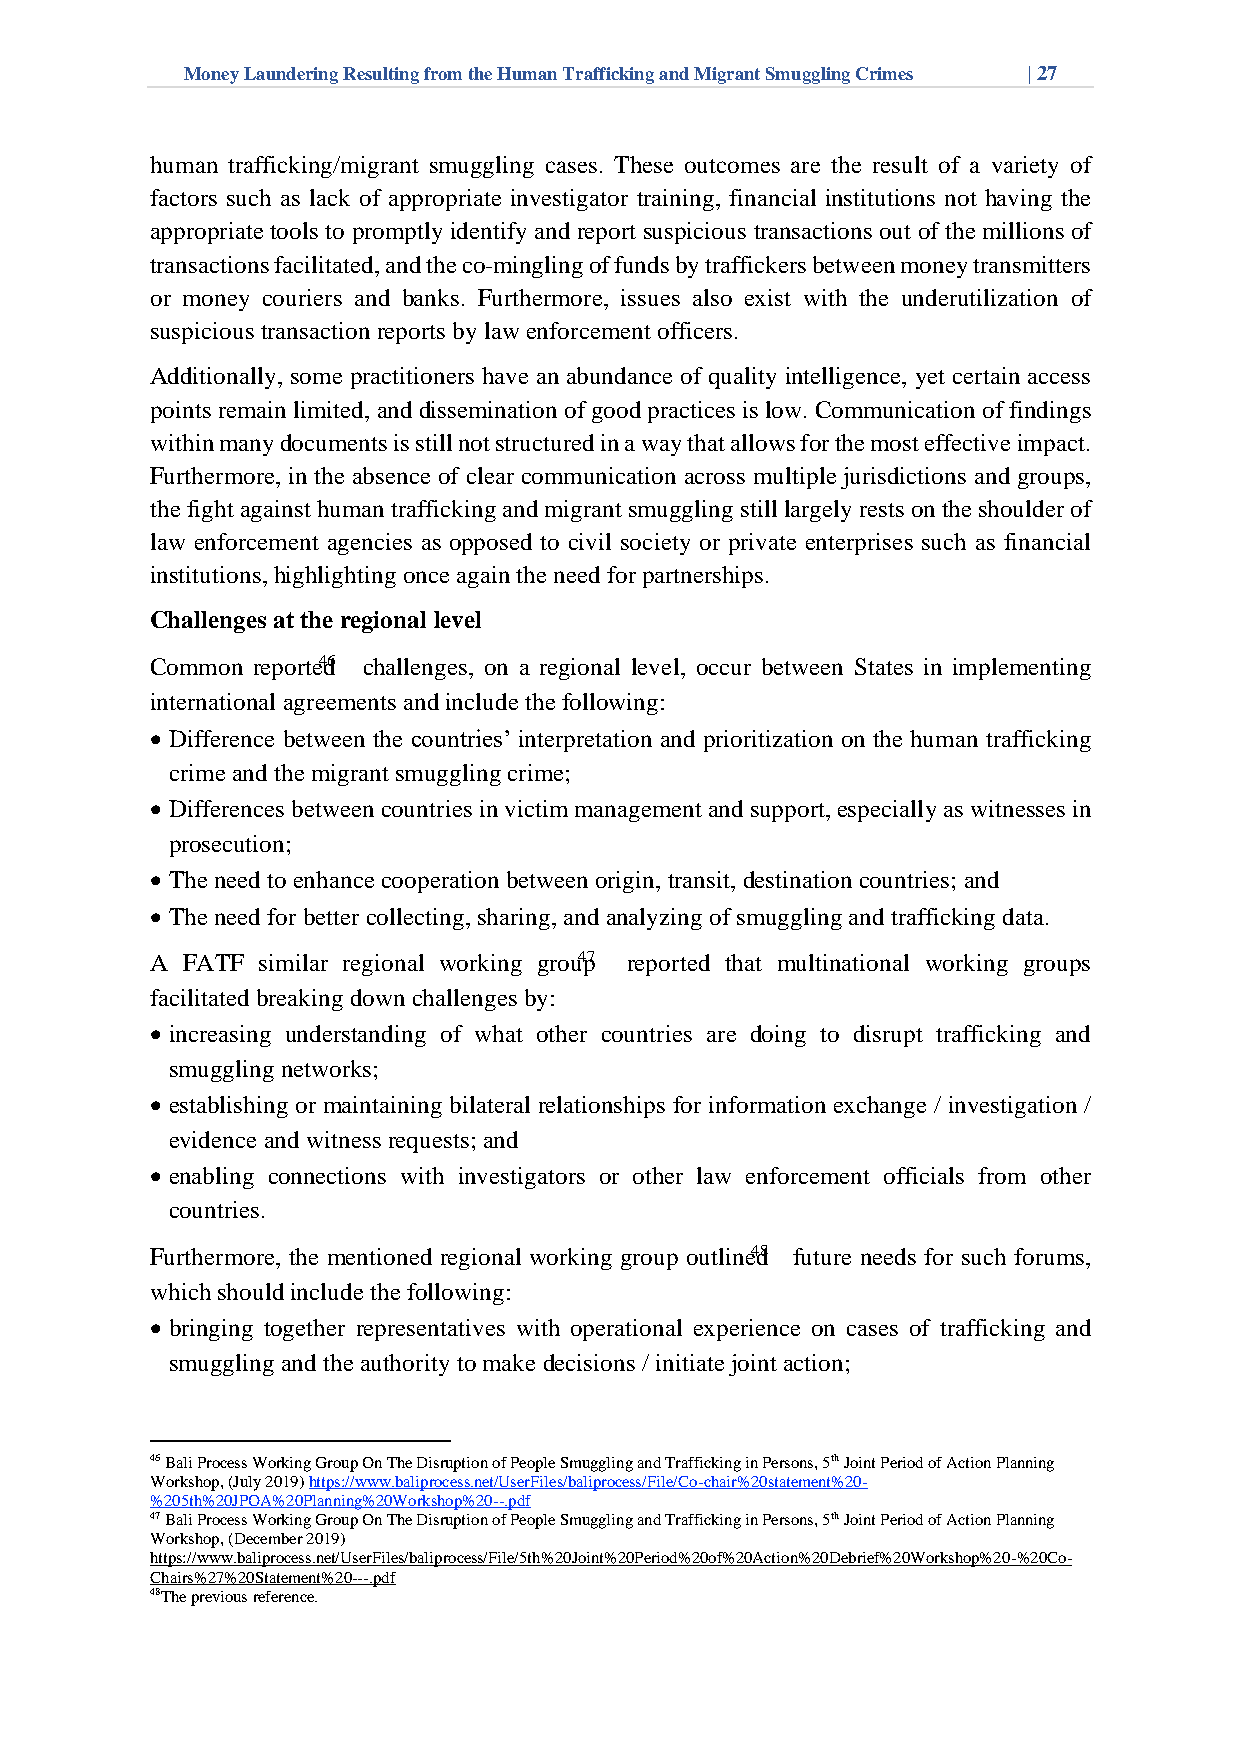
Money Laundering Resulting from the Human Trafficking and Migrant Smuggling Crimes | 27
 human trafficking/migrant smuggling cases. These outcomes are the result of a variety of
 factors such as lack of appropriate investigator training, financial institutions not having the
 appropriate tools to promptly identify and report suspicious transactions out of the millions of
 transactions facilitated, and the co-mingling of funds by traffickers between money transmitters
 or money couriers and banks. Furthermore, issues also exist with the underutilization of
 suspicious transaction reports by law enforcement officers.
 Additionally, some practitioners have an abundance of quality intelligence, yet certain access
 points remain limited, and dissemination of good practices is low. Communication of findings
 within many documents is still not structured in a way that allows for the most effective impact.
 Furthermore, in the absence of clear communication across multiple jurisdictions and groups,
 the fight against human trafficking and migrant smuggling still largely rests on the shoulder of
 law enforcement agencies as opposed to civil society or private enterprises such as financial
 institutions, highlighting once again the need for partnerships.
 Challenges at the regional level
 Common reporte4d6 challenges, on a regional level, occur between States in implementing
 international agreements and include the following:
 • Difference between the countries’ interpretation and prioritization on the human trafficking
 crime and the migrant smuggling crime;
 • Differences between countries in victim management and support, especially as witnesses in
 prosecution;
 • The need to enhance cooperation between origin, transit, destination countries; and
 • The need for better collecting, sharing, and analyzing of smuggling and trafficking data.
 A FATF similar regional working grou4p7 reported that multinational working groups
 facilitated breaking down challenges by:
 • increasing understanding of what other countries are doing to disrupt trafficking and
 smuggling networks;
 • establishing or maintaining bilateral relationships for information exchange / investigation /
 evidence and witness requests; and
 • enabling connections with investigators or other law enforcement officials from other
 countries.
 Furthermore, the mentioned regional working group outline4d8 future needs for such forums,
 which should include the following:
 • bringing together representatives with operational experience on cases of trafficking and
 smuggling and the authority to make decisions / initiate joint action;
 46 Bali Process Working Group On The Disruption of People Smuggling and Trafficking in Persons, 5th Joint Period of Action Planning
 Workshop, (July 2019) https://www.baliprocess.net/UserFiles/baliprocess/File/Co-chair%20statement%20-
 %205th%20JPOA%20Planning%20Workshop%20--.pdf
 47 Bali Process Working Group On The Disruption of People Smuggling and Trafficking in Persons, 5th Joint Period of Action Planning
 Workshop, (December 2019)
 https://www.baliprocess.net/UserFiles/baliprocess/File/5th%20Joint%20Period%20of%20Action%20Debrief%20Workshop%20-%20Co-
 Chairs%27%20Statement%20---.pdf
 48The previous reference.